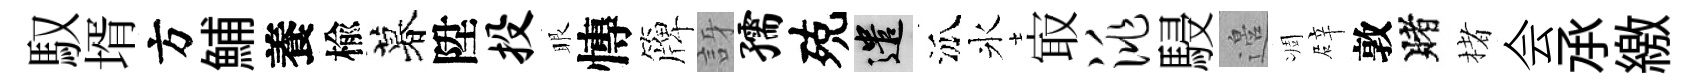
馭壻方鯆養楡暮陞投眼慱簰訝孺殑遣泒氷㝡洮駸邉凋辟敦賭楮会𠄘繳